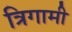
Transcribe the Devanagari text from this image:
त्रिगामी